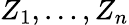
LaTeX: Z_{1},\ldots,Z_{n}